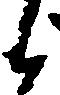
候